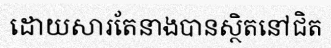
ដោយសារតែនាងបានស្ថិតនៅជិត